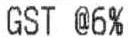
GST @6%